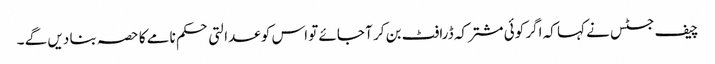
چیف جسٹس نے کہا کہ اگر کوئی مشترکہ ڈرافٹ بن کر آ جائے تو اس کو عدالتی حکم نامے کا حصہ بنا دیں گے ۔